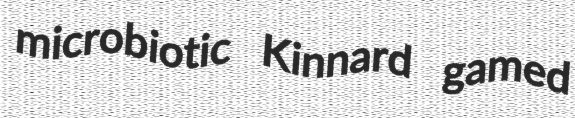
microbiotic Kinnard gamed